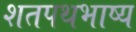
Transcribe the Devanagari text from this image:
शतपथभाष्य